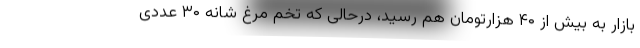
بازار به بیش از ۴۰ هزارتومان هم رسید، درحالی که تخم مرغ شانه ۳۰ عددی